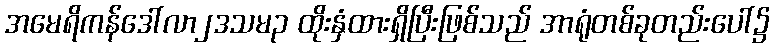
အမေရိကန်ဒေါ်လာ၂ဒသမ၃ ထိုးနှံထားရှိပြီးဖြစ်သည် အာရုံတစ်ခုတည်းပေါ်၌